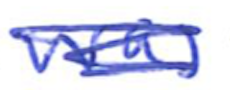
Text: was
Cross-out: scratch
Writing tool: ballpoint